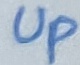
Text: Up